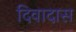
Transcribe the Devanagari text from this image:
दिवादास